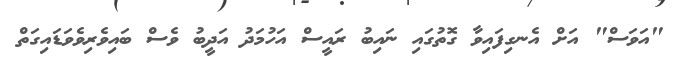
"އަވަސް" އަށް އެނގިފައިވާ ގޮތުގައި ނައިބު ރައީސް އަހުމަދު އަދީބު ވެސް ބައިވެރިވެވަޑައިގަތް